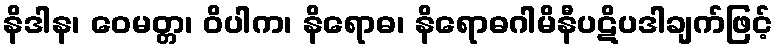
နိဒါန၊ ဝေမတ္တ၊ ဝိပါက၊ နိရောဓ၊ နိရောဓဂါမိနီပဋိပဒါချက်ဖြင့်